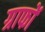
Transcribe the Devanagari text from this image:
ग्राफों